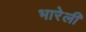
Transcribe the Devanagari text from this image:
भारेली